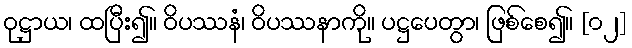
ဝုဋ္ဌာယ၊ ထပြီး၍။ ဝိပဿနံ၊ ဝိပဿနာကို။ ပဋ္ဌပေတွာ၊ ဖြစ်စေ၍။ [၀၂]